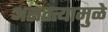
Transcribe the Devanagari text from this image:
असतत्यामुळे